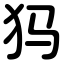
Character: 犸